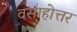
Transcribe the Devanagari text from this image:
वसाहोत्तर